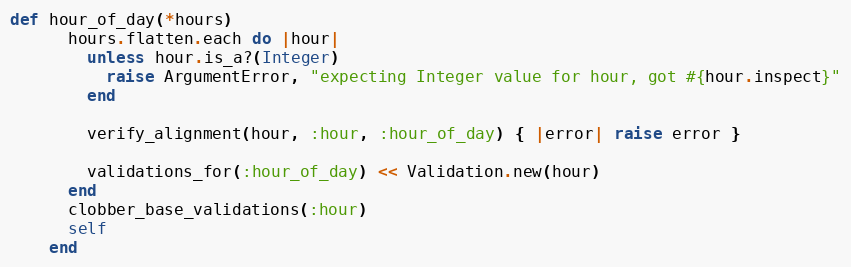
Language: Ruby
def hour_of_day(*hours)
      hours.flatten.each do |hour|
        unless hour.is_a?(Integer)
          raise ArgumentError, "expecting Integer value for hour, got #{hour.inspect}"
        end

        verify_alignment(hour, :hour, :hour_of_day) { |error| raise error }

        validations_for(:hour_of_day) << Validation.new(hour)
      end
      clobber_base_validations(:hour)
      self
    end